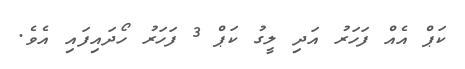
ކަޕް އެއް ފަހަރު އަދި ލީގު ކަޕް 3 ފަހަރު ހޯދައިފައި އެވެ.